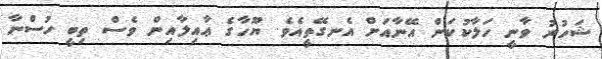
ޝަހުރު ވާނީ ހަލާކުކަން އޭނާއަށް އެނގޭތީއެވެ. ޔޫހާގެ ޢާއިލާއިން ވެސް ތިބީ ހުސްނާ